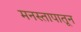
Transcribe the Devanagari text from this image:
मनस्तापातून